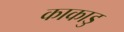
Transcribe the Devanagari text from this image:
काकाडु